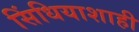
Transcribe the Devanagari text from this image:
सिंधियाशाही